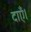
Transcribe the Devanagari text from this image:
दाएँ।